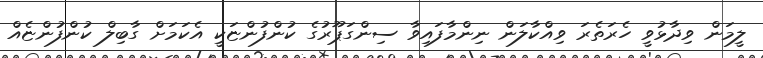
ލީމަން ވިދާޅުވީ ހެރަތެރަ ވިއްކާލަން ނިންމާފައިވާ ސިންގަޕޫރުގެ ކުންފުންޏަކީ އެކަމަށް ގާބިލް ކުންފުންޏެއް